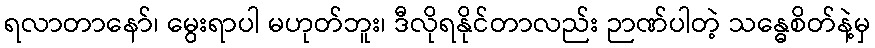
ရလာတာနော်၊ မွေးရာပါ မဟုတ်ဘူး၊ ဒီလိုရနိုင်တာလည်း ဉာဏ်ပါတဲ့ သန္ဓေစိတ်နဲ့မှ